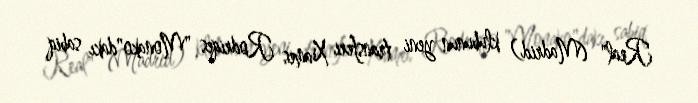
Real" (Madrid) klubunun yeni transferi Xames Rodriqes "Monako"dakı sabiq